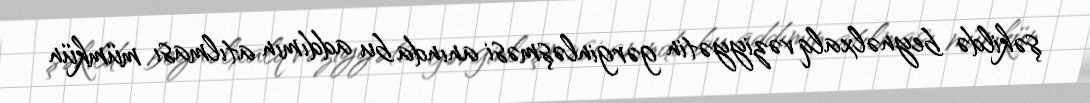
şəkildə beynəlxalq vəziyyətin gərginləşməsi anında bu addımın atılması mümkün